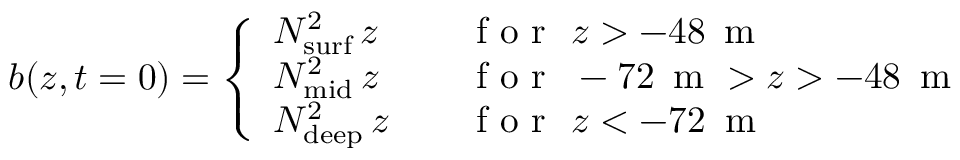
b ( z , t = 0 ) = \left\{ \begin{array} { l l } { N _ { \mathrm { s u r f } } ^ { 2 } \, z } & { \quad \mathrm { ~ f ~ o ~ r ~ } \, \, z > - 4 8 \, \textrm { m } } \\ { N _ { \mathrm { m i d } } ^ { 2 } \, z } & { \quad \mathrm { ~ f ~ o ~ r ~ } \, \, - 7 2 \, \textrm { m } > z > - 4 8 \, \textrm { m } } \\ { N _ { \mathrm { d e e p } } ^ { 2 } \, z } & { \quad \mathrm { ~ f ~ o ~ r ~ } \, \, z < - 7 2 \, \textrm { m } } \end{array} \right.